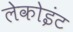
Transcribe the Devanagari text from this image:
लेकोइंट